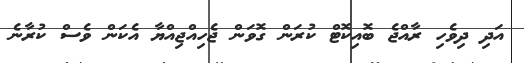
އަދި ދިވެހި ރާއްޖެ ބޮއިކޮޮޓް ކުރަން ގޮވަން ޖެހިއްޖިއްޔާ އެކަން ވެސް ކުރާނެ